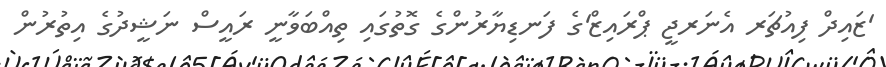
'ޒައިދް ފިއުޗަރ އެނަރޖީ ޕްރައިޒް'ގެ ފަނޑިޔާރުންގެ ގޮތުގައި ތިއްބަވާނީ ރައީސް ނަޝީދުގެ އިތުރުން